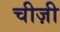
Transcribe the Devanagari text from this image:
चीज़ी